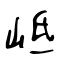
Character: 岻